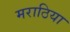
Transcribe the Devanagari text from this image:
मराठिया